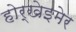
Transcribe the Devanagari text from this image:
होर्खेइमेर